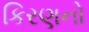
કિરણનો